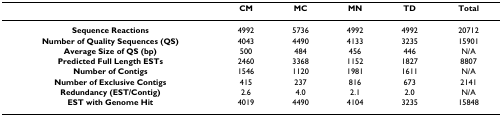
<table><thead><tr><td></td><td><b>CM</b></td><td><b>MC</b></td><td><b>MN</b></td><td><b>TD</b></td><td><b>Total</b></td></tr></thead><tbody><tr><td><b>Sequence Reactions</b></td><td>4992</td><td>5736</td><td>4992</td><td>4992</td><td>20712</td></tr><tr><td><b>Number of Quality Sequences (QS)</b></td><td>4043</td><td>4490</td><td>4133</td><td>3235</td><td>15901</td></tr><tr><td><b>Average Size of QS (bp)</b></td><td>500</td><td>484</td><td>456</td><td>446</td><td>N/A</td></tr><tr><td><b>Predicted Full Length ESTs</b></td><td>2460</td><td>3368</td><td>1152</td><td>1827</td><td>8807</td></tr><tr><td><b>Number of Contigs</b></td><td>1546</td><td>1120</td><td>1981</td><td>1611</td><td>N/A</td></tr><tr><td><b>Number of Exclusive Contigs</b></td><td>415</td><td>237</td><td>816</td><td>673</td><td>2141</td></tr><tr><td><b>Redundancy (EST/Contig)</b></td><td>2.6</td><td>4.0</td><td>2.1</td><td>2.0</td><td>N/A</td></tr><tr><td><b>EST with Genome Hit</b></td><td>4019</td><td>4490</td><td>4104</td><td>3235</td><td>15848</td></tr></tbody></table>